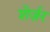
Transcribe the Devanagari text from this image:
शेर्ज़र